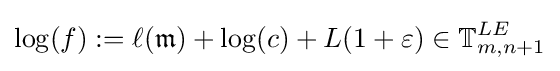
\log(f):=\ell ({\mathfrak {m}})+\log(c)+L(1+\varepsilon )\in \mathbb {T} _{m,n+1}^{LE}